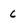
Character: c